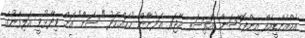
އެމްއެންޑީއެފް އިންފޮމޭޝަން އޮފިސަރ މޭޖަރ އަދުނާން މުޙައްމަދު "ސަން" އަށް ވިދާޅުވީ އަލިފާނުގެ